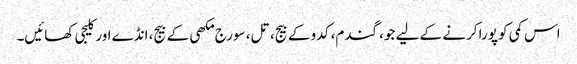
اس کمی کو پورا کرنے کے لیے جو، گندم، کدو کے بیج، تل، سورج مکھی کے بیج، انڈے اور کلیجی کھائیں۔